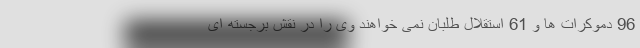
96 دموکرات ها و 61 استقلال طلبان نمی خواهند وی را در نقش برجسته ای